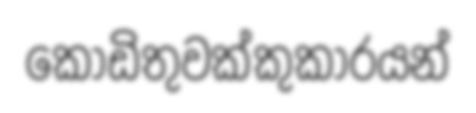
කොඩිතුවක්කුකාරයන්